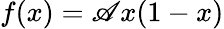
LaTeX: f(x)=\mathscr{A}x(1-x)